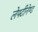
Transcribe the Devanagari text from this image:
लेफ्टीनेण्ट